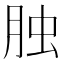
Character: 𦚭